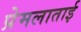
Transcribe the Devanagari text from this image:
प्रेमलाताई